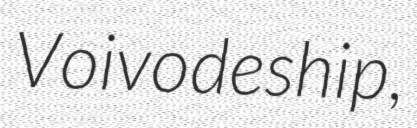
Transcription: Voivodeship,